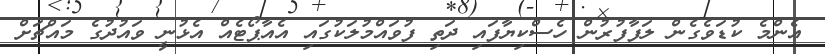
އެންމެ ކުޑަވެގެން ލަފާފުރުން ހެސްކިޔާފައި ދަތި ފުވައްމުލަކުގައި އެއާޕޯޓެއް އެޅުނީ ވައުދުގެ މައްޗަށް